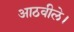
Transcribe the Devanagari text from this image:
आठवीले।